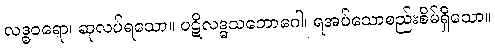
လဒ္ဓဝရော၊ ဆုလပ်ရသော။ ပဋိလဒ္ဓသဘောဂေါ၊ ရအပ်သောစည်းစိမ်ရှိသော။